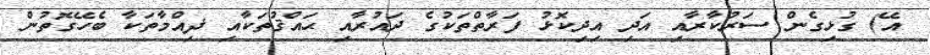
އޭ) ގުޅިގެން ސަރުކާރާއި އަދި އިދިކޮޅު ފަރާތްތަކުގެ ދައުރާއި ޙައްޤުތަކާއި ޛިއްމާތަކާ ބެހޭގޮތުން